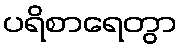
ပရိစာရေတွာ